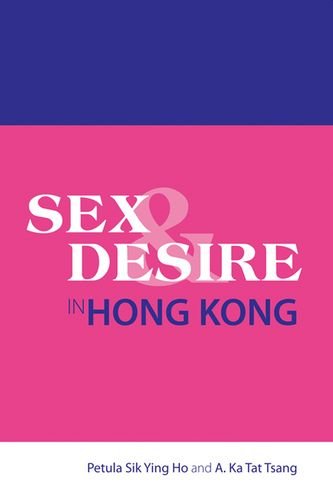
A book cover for Sex Sex and Desire in Hong Kong; Petula Sik Ying Ho; History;